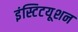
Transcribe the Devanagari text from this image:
इंस्टिटयूशन